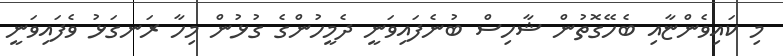
މި ކައިވެންޏާއި ބެހޭގޮތުން ޝާހިސް ބުނެފައިވަނީ ދެމީހުންގެ ގުޅުން މިހާ ރަނގަޅު ވެފައިވަނީ